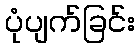
ပုံပျက်ခြင်း